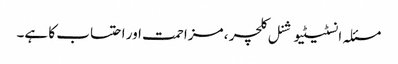
مسئلہ انسٹیٹیوشنل کلچر ، مزاحمت اور احتساب کا ہے۔